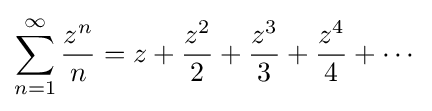
\sum _{n=1}^{\infty }{\frac {z^{n}}{n}}=z+{\frac {z^{2}}{2}}+{\frac {z^{3}}{3}}+{\frac {z^{4}}{4}}+\cdots